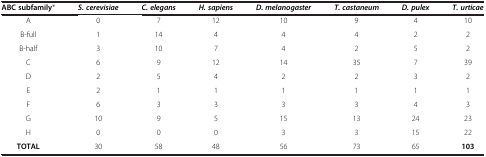
<table><thead><tr><td><b>ABC subfamily*</b></td><td><b><i>S. </i><i>cerevisiae</i></b></td><td><b><i>C. </i><i>elegans</i></b></td><td><b><i>H. </i><i>sapiens</i></b></td><td><b><i>D. </i><i>melanogaster</i></b></td><td><b><i>T. </i><i>castaneum</i></b></td><td><b><i>D. </i><i>pulex</i></b></td><td><b><i>T. </i><i>urticae</i></b></td></tr></thead><tbody><tr><td>A</td><td>0</td><td>7</td><td>12</td><td>10</td><td>9</td><td>4</td><td>10</td></tr><tr><td>B-full</td><td>1</td><td>14</td><td>4</td><td>4</td><td>4</td><td>2</td><td>2</td></tr><tr><td>B-half</td><td>3</td><td>10</td><td>7</td><td>4</td><td>2</td><td>5</td><td>2</td></tr><tr><td>C</td><td>6</td><td>9</td><td>12</td><td>14</td><td>35</td><td>7</td><td>39</td></tr><tr><td>D</td><td>2</td><td>5</td><td>4</td><td>2</td><td>2</td><td>3</td><td>2</td></tr><tr><td>E</td><td>2</td><td>1</td><td>1</td><td>1</td><td>1</td><td>1</td><td>1</td></tr><tr><td>F</td><td>6</td><td>3</td><td>3</td><td>3</td><td>3</td><td>4</td><td>3</td></tr><tr><td>G</td><td>10</td><td>9</td><td>5</td><td>15</td><td>13</td><td>24</td><td>23</td></tr><tr><td>H</td><td>0</td><td>0</td><td>0</td><td>3</td><td>3</td><td>15</td><td>22</td></tr><tr><td><b>TOTAL</b></td><td>30</td><td>58</td><td>48</td><td>56</td><td>73</td><td>65</td><td><b>103</b></td></tr></tbody></table>